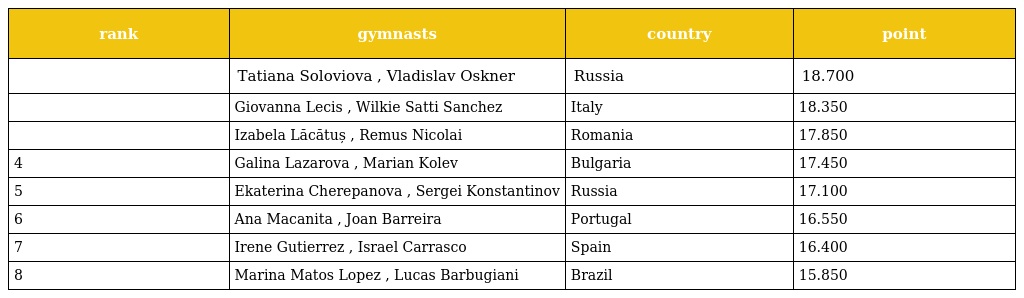
| rank | gymnasts | country | point |
 | --- | --- | --- | --- |
 |  | Tatiana Soloviova , Vladislav Oskner | Russia | 18.700 |
 |  | Giovanna Lecis , Wilkie Satti Sanchez | Italy | 18.350 |
 |  | Izabela Lăcătuș , Remus Nicolai | Romania | 17.850 |
 | 4 | Galina Lazarova , Marian Kolev | Bulgaria | 17.450 |
 | 5 | Ekaterina Cherepanova , Sergei Konstantinov | Russia | 17.100 |
 | 6 | Ana Macanita , Joan Barreira | Portugal | 16.550 |
 | 7 | Irene Gutierrez , Israel Carrasco | Spain | 16.400 |
 | 8 | Marina Matos Lopez , Lucas Barbugiani | Brazil | 15.850 |